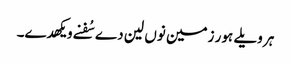
ہر ویلے ہور زمین نوں لین دے سُفنے ویکھدے۔